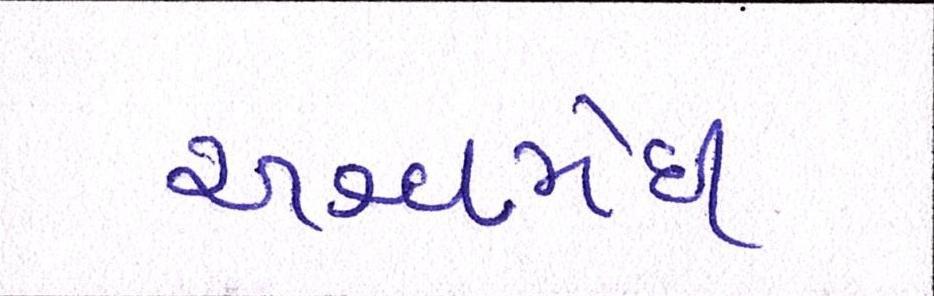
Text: અશ્વમેઘ